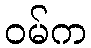
ဝမ်က